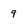
Character: 9